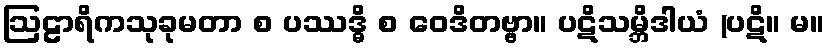
ဩဠာရိကသုခုမတာ စ ပဿဒ္ဓိ စ ဝေဒိတဗ္ဗာ။ ပဋိသမ္ဘိဒါယံ (ပဋိ။ မ။